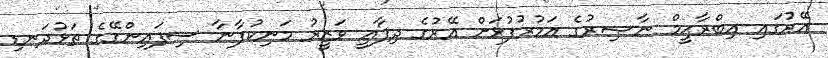
އޭރުގައި އިބްރާޙީމް ނާޞިރުގެ އަމުރުފުޅަށް އޭރުގެ ދިފާޢީ ވަޒީރު މަނިކުފާނާ ސިފައިންގޭގެ ތަޅުދަނޑި